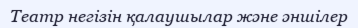
Театр негізін қалаушылар және әншілер